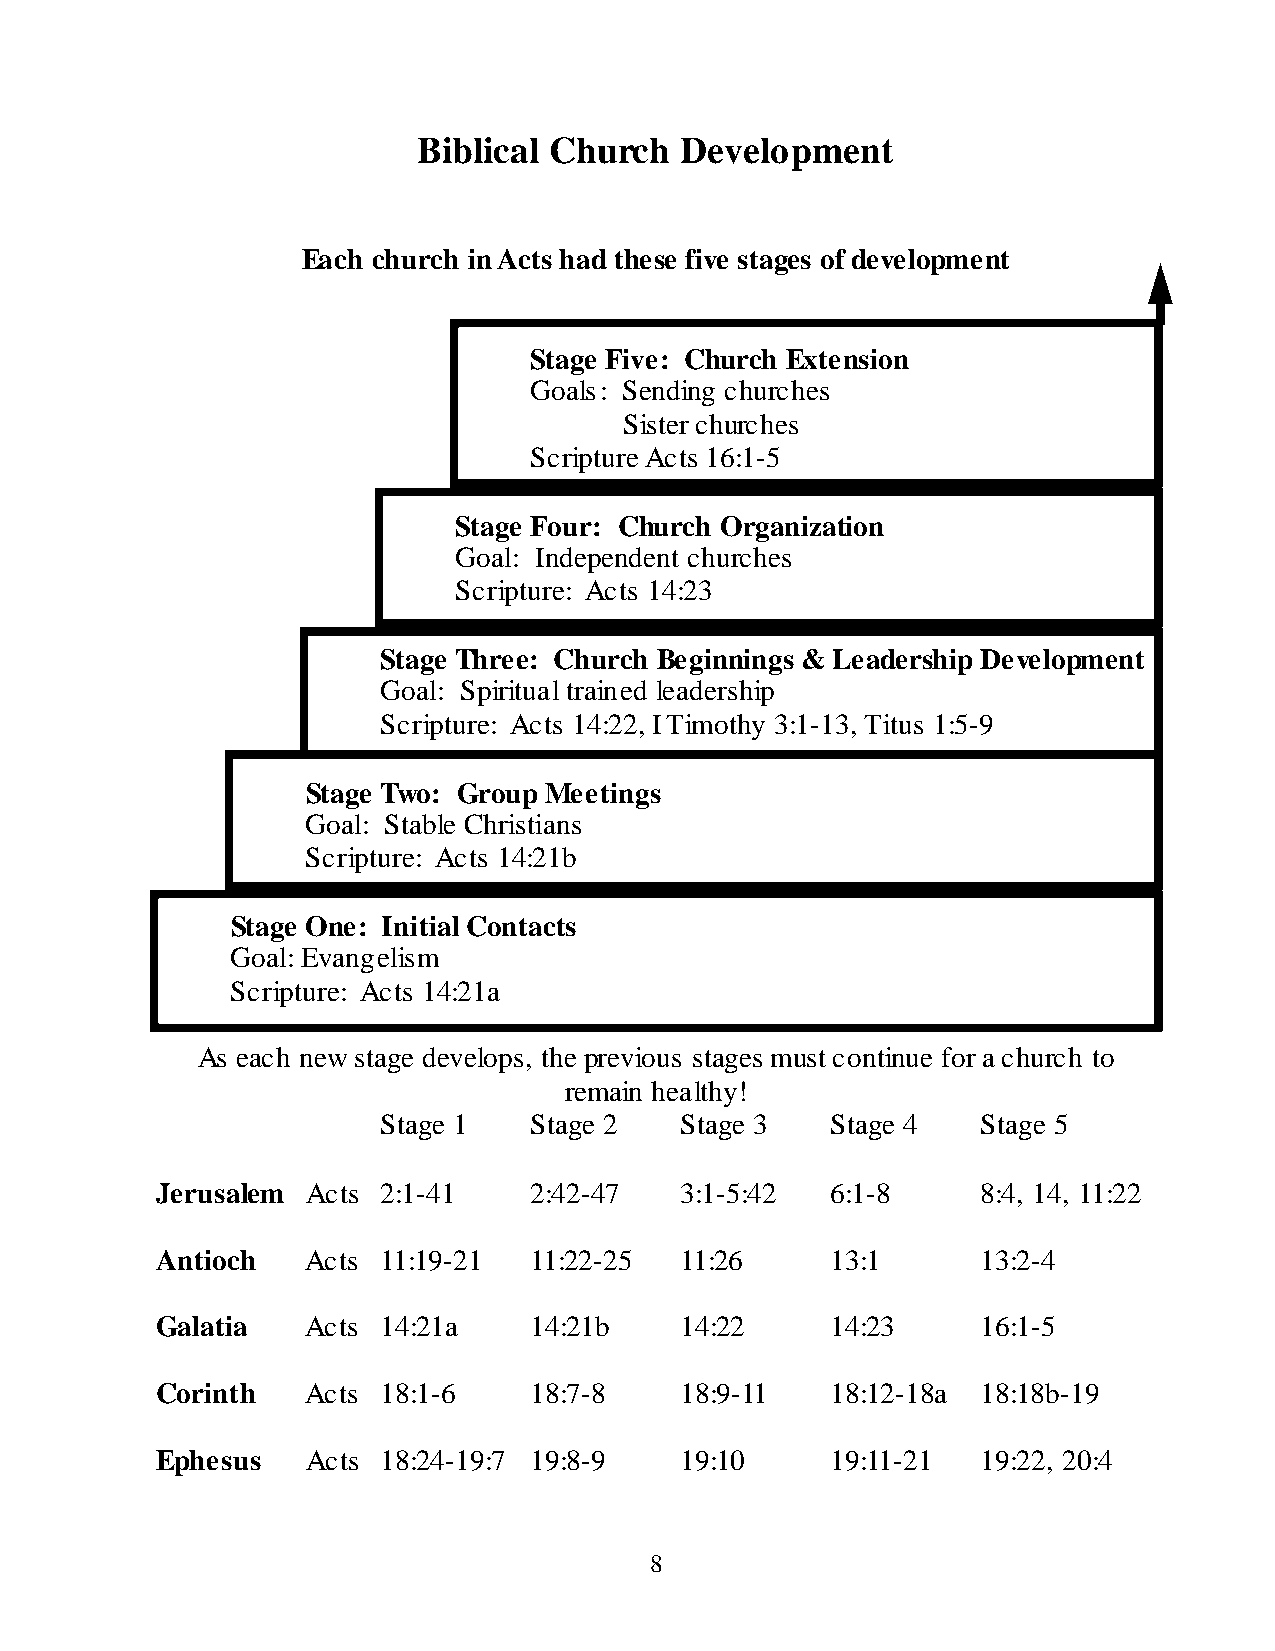
Biblical Church  Development
 Each church in Acts had these five stages of development
 Stage Five: Church Extension
 Goals: Sending churches
 Sister churches
 Scripture Acts 16:1-5
 Stage Four: Church Organization
 Goal: Independent churches
 Scripture: Acts 14:23
 Stage Three: Church Beginnings & Leadership Development
 Goal: Spiritual trained leadership
 Scripture: Acts 14:22, I Timothy 3:1-13, Titus 1:5-9
 Stage Two: Group Meetings
 Goal: Stable Christians
 Scripture: Acts 14:21b
 Stage One: Initial Contacts
 Goal: Evangelism
 Scripture: Acts 14:21a
 As each new stage develops, the previous stages must continue for a church to
 remain healthy!
 Stage 1   Stage 2   Stage 3   Stage 4   Stage 5
 Jerusalem Acts 2:1-41    2:42-47   3:1-5:42  6:1-8     8:4, 14, 11:22
 Antioch   Acts 11:19-21  11:22-25  11:26     13:1      13:2-4
 Galatia   Acts 14:21a    14:21b    14:22     14:23     16:1-5
 Corinth   Acts 18:1-6    18:7-8    18:9-11   18:12-18a 18:18b-19
 Ephesus   Acts 18:24-19:7 19:8-9   19:10     19:11-21  19:22, 20:4
 8